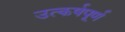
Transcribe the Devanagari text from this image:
उत्कर्षपूर्ण